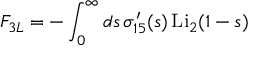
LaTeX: F _ { 3 L } = - \int _ { 0 } ^ { \infty } d s \, \sigma _ { 1 5 } ^ { \prime } ( s ) \, \mathrm { L i } _ { 2 } ( 1 - s )